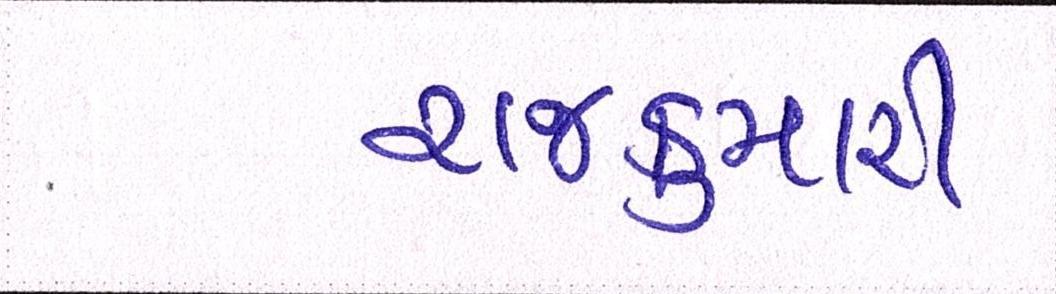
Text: રાજકુમારી